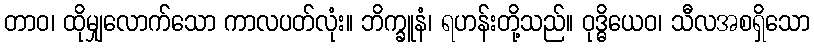
တာဝ၊ ထိုမျှလောက်သော ကာလပတ်လုံး။ ဘိက္ခူနံ၊ ရဟန်းတို့သည်။ ဝုဒ္ဓိယေဝ၊ သီလအစရှိသော